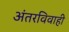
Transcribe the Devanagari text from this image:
अंतरविवाही